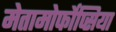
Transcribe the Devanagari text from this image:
मेतामोर्फोप्सिया